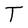
Character: T